Indian journal of veterinary science and animal husbandry - Volumes 22-23, 1952-1953
Year: 1952
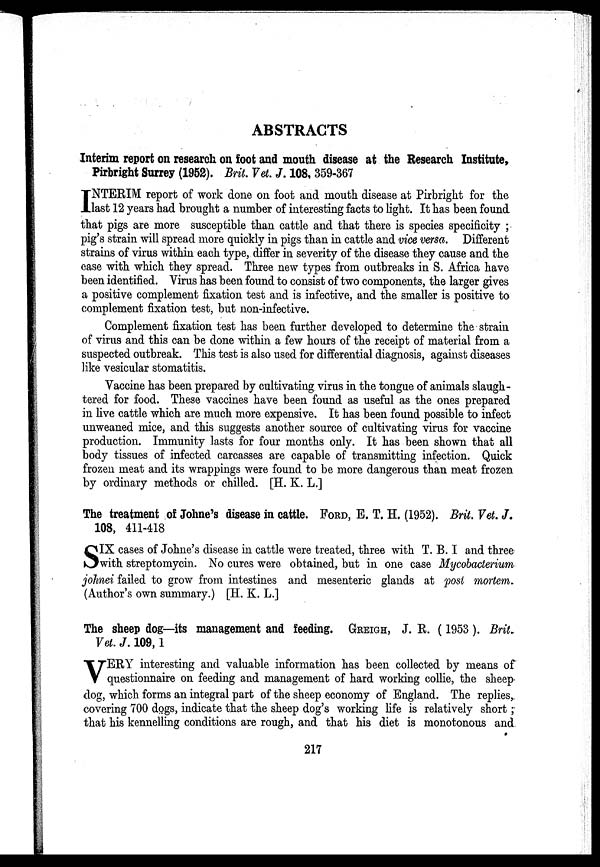
ABSTRACTS
Interim report on research on foot and mouth disease at the Research Institute,
Pirbright Surrey (1952). Brit. Vet. J. 108, 359-367
I NTERIM report of work done on foot and mouth disease at Pirbright for the
last 12 years had brought a number of interesting facts to light. It has been found
that pigs are more susceptible than cattle and that there is species specificity ;
pig's strain will spread more quickly in pigs than in cattle and vice versa. Different
strains of virus within each type, differ in severity of the disease they cause and the
ease with which they spread. Three new types from outbreaks in S. Africa have
been identified. Virus has been found to consist of two components, the larger gives
a positive complement fixation test and is infective, and the smaller is positive to
complement fixation test, but non-infective.
Complement fixation test has been further developed to determine the strain
of virus and this can be done within a few hours of the receipt of material from a
suspected outbreak. This test is also used for differential diagnosis, against diseases
like vesicular stomatitis.
Vaccine has been prepared by cultivating virus in the tongue of animals slaugh-
tered for food. These vaccines have been found as useful as the ones prepared
in live cattle which are much more expensive. It has been found possible to infect
unweaned mice, and this suggests another source of cultivating virus for vaccine
production. Immunity lasts for four months only. It has been shown that all
body tissues of infected carcasses are capable of transmitting infection. Quick
frozen meat and its wrappings were found to be more dangerous than meat frozen
by ordinary methods or chilled. [H. K. L.]
The treatment of Johne's disease in cattle. FORD, E. T. H. (1952). Brit. Vet. J.
108, 411-418
S IX cases of Johne's disease in cattle were treated, three with T. B. I and three
with streptomycin. No cures were obtained, but in one case Mycobacterium
johnei failed to grow from intestines and mesenteric glands at post mortem.
(Author's own summary.) [H. K. L.]
The sheep dog—its management and feeding. GREIGH, J. R. (1953 ). Brit.
Vet. J. 109, 1
V ERY interesting and valuable information has been collected by means of
questionnaire on feeding and management of hard working collie, the sheep
dog, which forms an integral part of the sheep economy of England. The replies,
covering 700 dogs, indicate that the sheep dog's working life is relatively short ;
that his kennelling conditions are rough, and that his diet is monotonous and
217